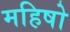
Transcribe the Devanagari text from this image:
महिषो